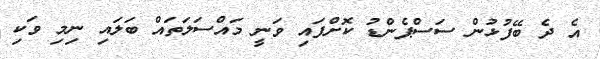
އެ ދެ ބޭފުޅުން ސަސްޕެންޑު ކޮށްފައި ވަނީ މައްސަލަތައް ބަލައި ނިމި ވަކި